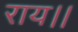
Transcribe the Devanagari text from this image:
राय।।